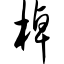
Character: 棹